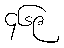
၄၆၉